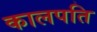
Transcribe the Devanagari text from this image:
कालपति